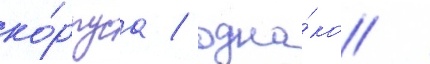
ко́рпуса / одна́ко /